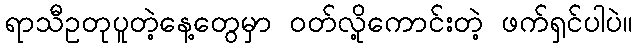
ရာသီဥတုပူတဲ့နေ့တွေမှာ ဝတ်လို့ကောင်းတဲ့ ဖက်ရှင်ပါပဲ။